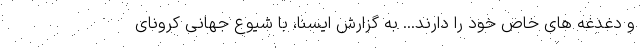
و دغدغه های خاص خود را دارند... به گزارش ایسنا، با شیوع جهانی کرونای